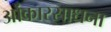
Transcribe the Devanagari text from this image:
ओंकारसाधना